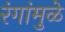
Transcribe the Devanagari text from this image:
रंगांमुळे